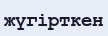
жүгірткен